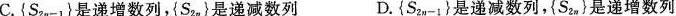
C.{S_{2n-1}}是递增数列，{S_{2n}}是递减数列 D.{S_{2n-1}}是递减数列，{S_{2n}}是递增数列